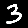
Digit: 3